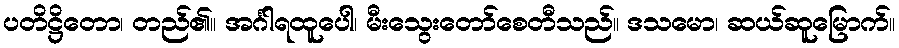
ပတိဋ္ဌိတော၊ တည်၏။ အင်္ဂါရထူပေါ၊ မီးသွေးတော်စေတီသည်။ ဒသမော၊ ဆယ်ဆူမြောက်။